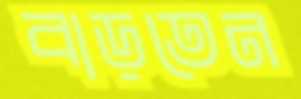
বাড়তেন